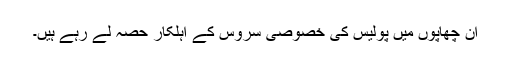
ان چھاپوں میں پولیس کی خصوصی سروس کے اہلکار حصہ لے رہے ہیں۔